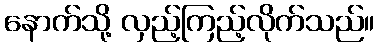
နောက်သို့ လှည့်ကြည့်လိုက်သည်။